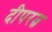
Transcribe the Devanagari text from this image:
दीपरत्न